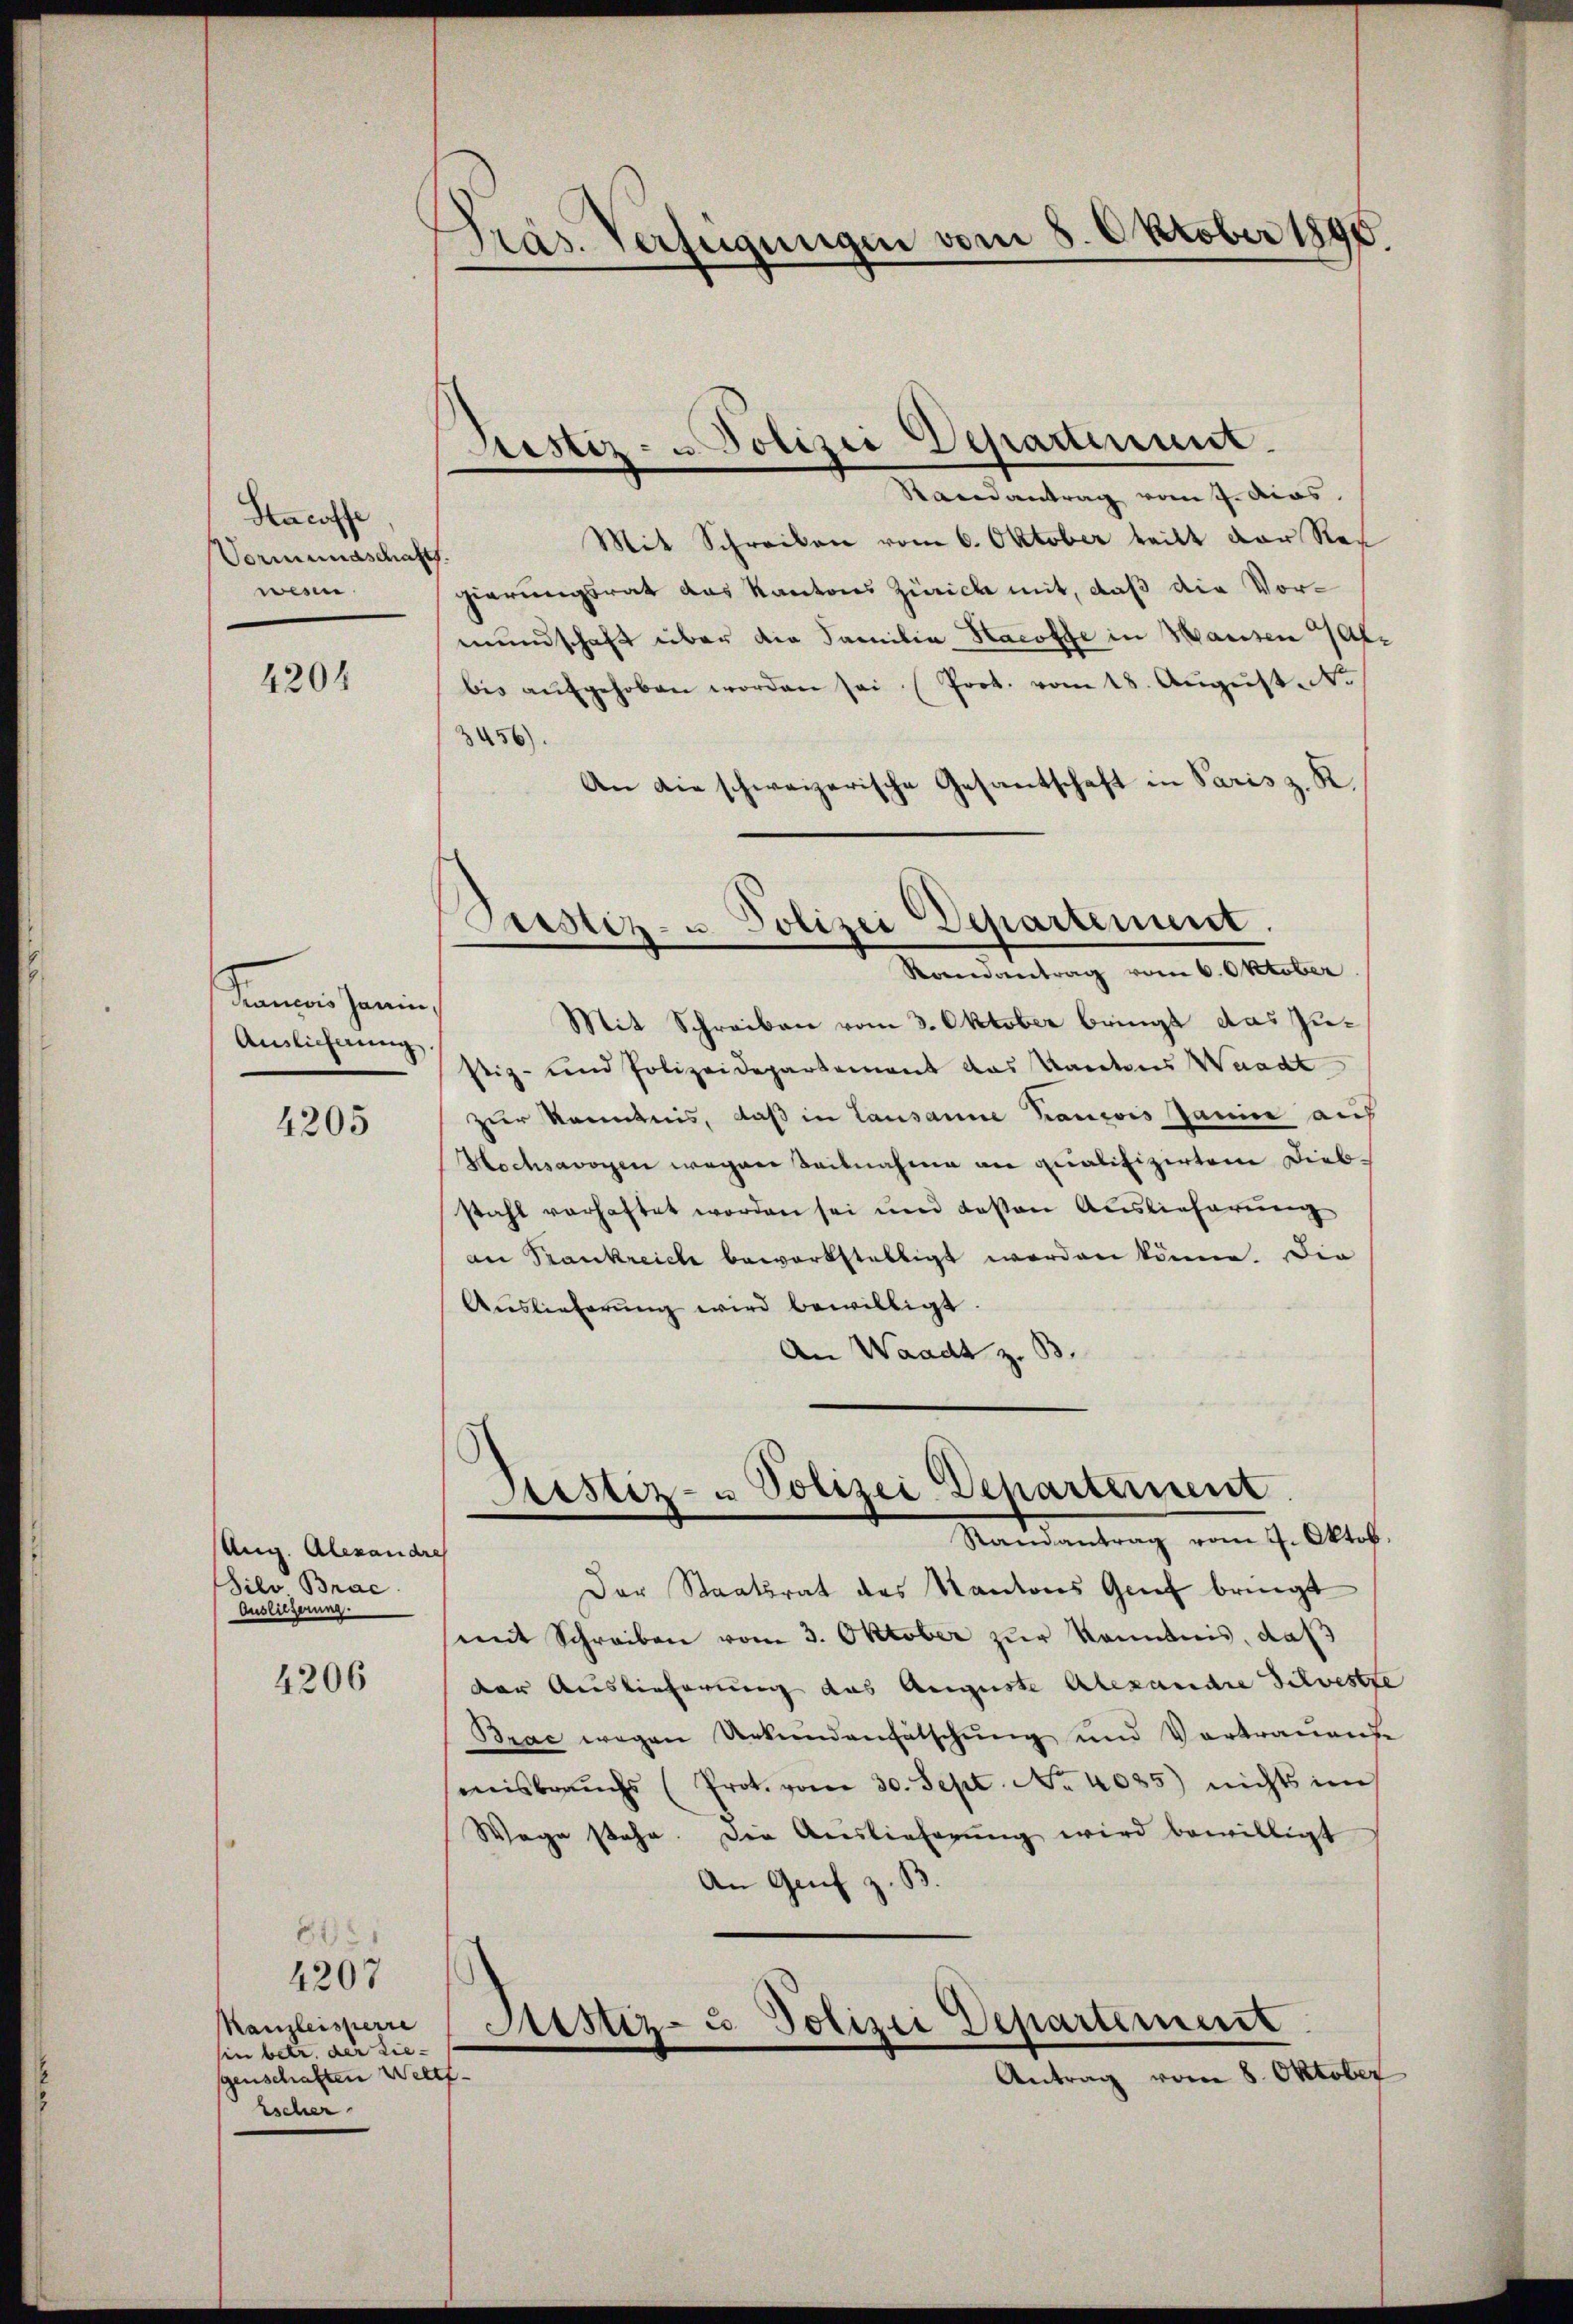
drachte
Vormundschaf
wesen.
4204

Kanonis sanien,
Auslieferung

4205

Ung. Alexandre
Silo Brac
Ausliegerung.
4206

Kanzleisterre
in betr. der die-
genschaften Weltf.
Escher

805.
4207

Präs. Verfügungen vom 8. Oktober 1890.

Sistiz- u. Polizei Departement.
Randantrag vom 7. Aias.

Prsstiz- u. Polizei Departement.
Randantrag vom 6. Oktober

Mit Schreiben vom 6. Oktober teilt der Res
.
gierungsrat das Kantons Zürich mit, daß die Vormundschaft über die Familia Hacoffe in Hausen Afbis aŭfgehoben worden sei. (Prot. vom 18. Aŭgŭst. N.
3456).
An die schweizerische Gesantschaft in Paris z. R.
Mit Schreiben vom 3. Oktober bringt das Zustiz- und Polizeidepartement das Kantons Waadt
zur Kenntnis, daß in Lausanne hancis Janne auf
Hochsavoyen wegen Teilnahme an qualifizirten Diebstahl vorhaftet worden sei und deßen Auslieferung
an Trankreiche bewerkstelligt worden könne. Die
Aŭslieferŭng wird bewilligt.
An Waadt z. B.

Justiz- u Polizei Departement
Randantrag vom 4. Oktob.

Der Staatsrat des Kantons Genf bringt
mmt Schreiben vom 3. Oktober zŭr Kenntnis, daß
der Auslieferung das Auguste Alexandre Schweste
Brac wegen Urkundenfälschung und Vortrauende
misbrauchs (Prot. vom 30. Sept. No. 4085) nichts im
Wege stehe. Die Auslieferŭng wird bewilligt
An Gef
z. B
Sistiz- u. Polizei Departement
Antrag vom 8. Oktober